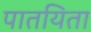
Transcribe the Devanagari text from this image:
पातयिता